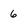
Character: 6